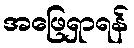
အဖြေရှာရန်